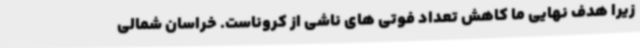
زیرا هدف نهایی ما کاهش تعداد فوتی های ناشی از کروناست. خراسان شمالی